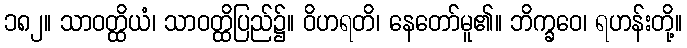
၁၈၂။ သာဝတ္ထိယံ၊ သာဝတ္ထိပြည်၌။ ဝိဟရတိ၊ နေတော်မူ၏။ ဘိက္ခဝေ၊ ရဟန်းတို့။